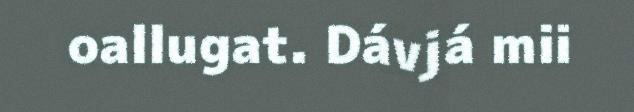
oallugat. Dávjá mii